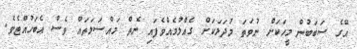
އޭގެ ސަބަބުން މީހަކަށް ނުވަތަ މުދަލަކަށް ގެއްލުމެއްވެފައި ނެތް މައްސަލަތައް ވެސް އެބަހުއްޓެވެ.